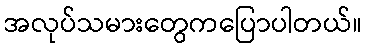
အလုပ်သမားတွေကပြောပါတယ်။